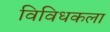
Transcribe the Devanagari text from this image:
विविधकला